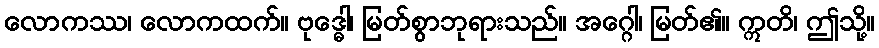
လောကဿ၊ လောကထက်။ ဗုဒ္ဓေါ၊ မြတ်စွာဘုရားသည်။ အဂ္ဂေါ၊ မြတ်၏။ ဣတိ၊ ဤသို့။